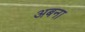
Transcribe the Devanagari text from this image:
अबना